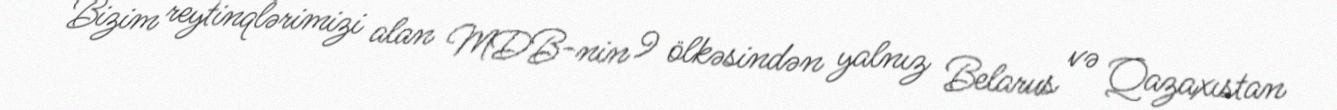
Bizim reytinqlərimizi alan MDB-nin 9 ölkəsindən yalnız Belarus və Qazaxıstan